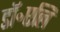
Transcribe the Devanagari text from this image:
डॉ॰एलि